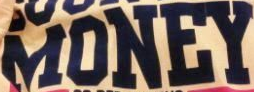
MONEY